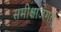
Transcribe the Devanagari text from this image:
समीक्षाजगत्